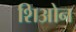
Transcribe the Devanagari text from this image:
शिओन